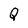
Character: Q